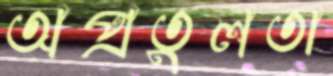
অপ্রতুলতা